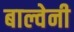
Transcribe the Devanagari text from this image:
बाल्वेनी